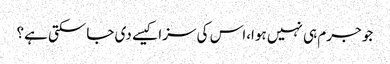
جو جرم ہی نہیں ہوا،اس کی سزا کیسے دی جاسکتی ہے؟